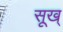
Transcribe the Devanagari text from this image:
सूख्